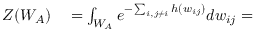
\begin{array} { r l } { Z ( W _ { A } ) } & { { } = \int _ { W _ { A } } e ^ { - \sum _ { i , j \neq i } h ( w _ { i j } ) } d w _ { i j } = } \end{array}